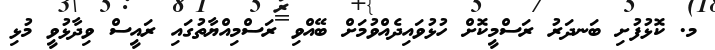
މ. ކޮޅުފުށި ބަނދަރު ރަސްމީކޮށް ހުޅުވައިދެއްވުމަށް ބޭއްވި ރަސްމިއްޔާތުގައި ރައީސް ވިދާޅުވީ މުޅި